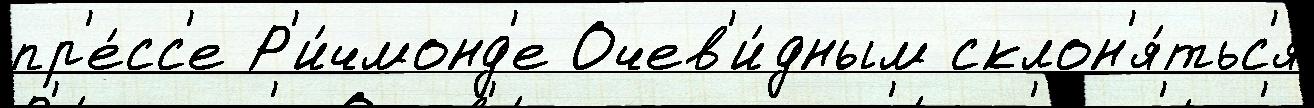
пр'е́сс'е Р'и́чмонд'е Очев'и́дным склон'я́тьс'я